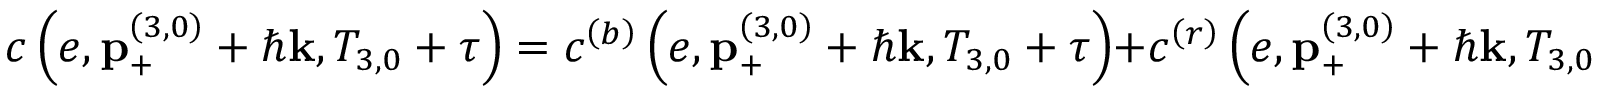
c \left( e , \mathbf { p } _ { + } ^ { \left( 3 , 0 \right) } + \hbar \mathbf { k } , T _ { 3 , 0 } + \tau \right) = c ^ { \left( b \right) } \left( e , \mathbf { p } _ { + } ^ { \left( 3 , 0 \right) } + \hbar \mathbf { k } , T _ { 3 , 0 } + \tau \right) + c ^ { \left( r \right) } \left( e , \mathbf { p } _ { + } ^ { \left( 3 , 0 \right) } + \hbar \mathbf { k } , T _ { 3 , 0 } + \tau \right) ,